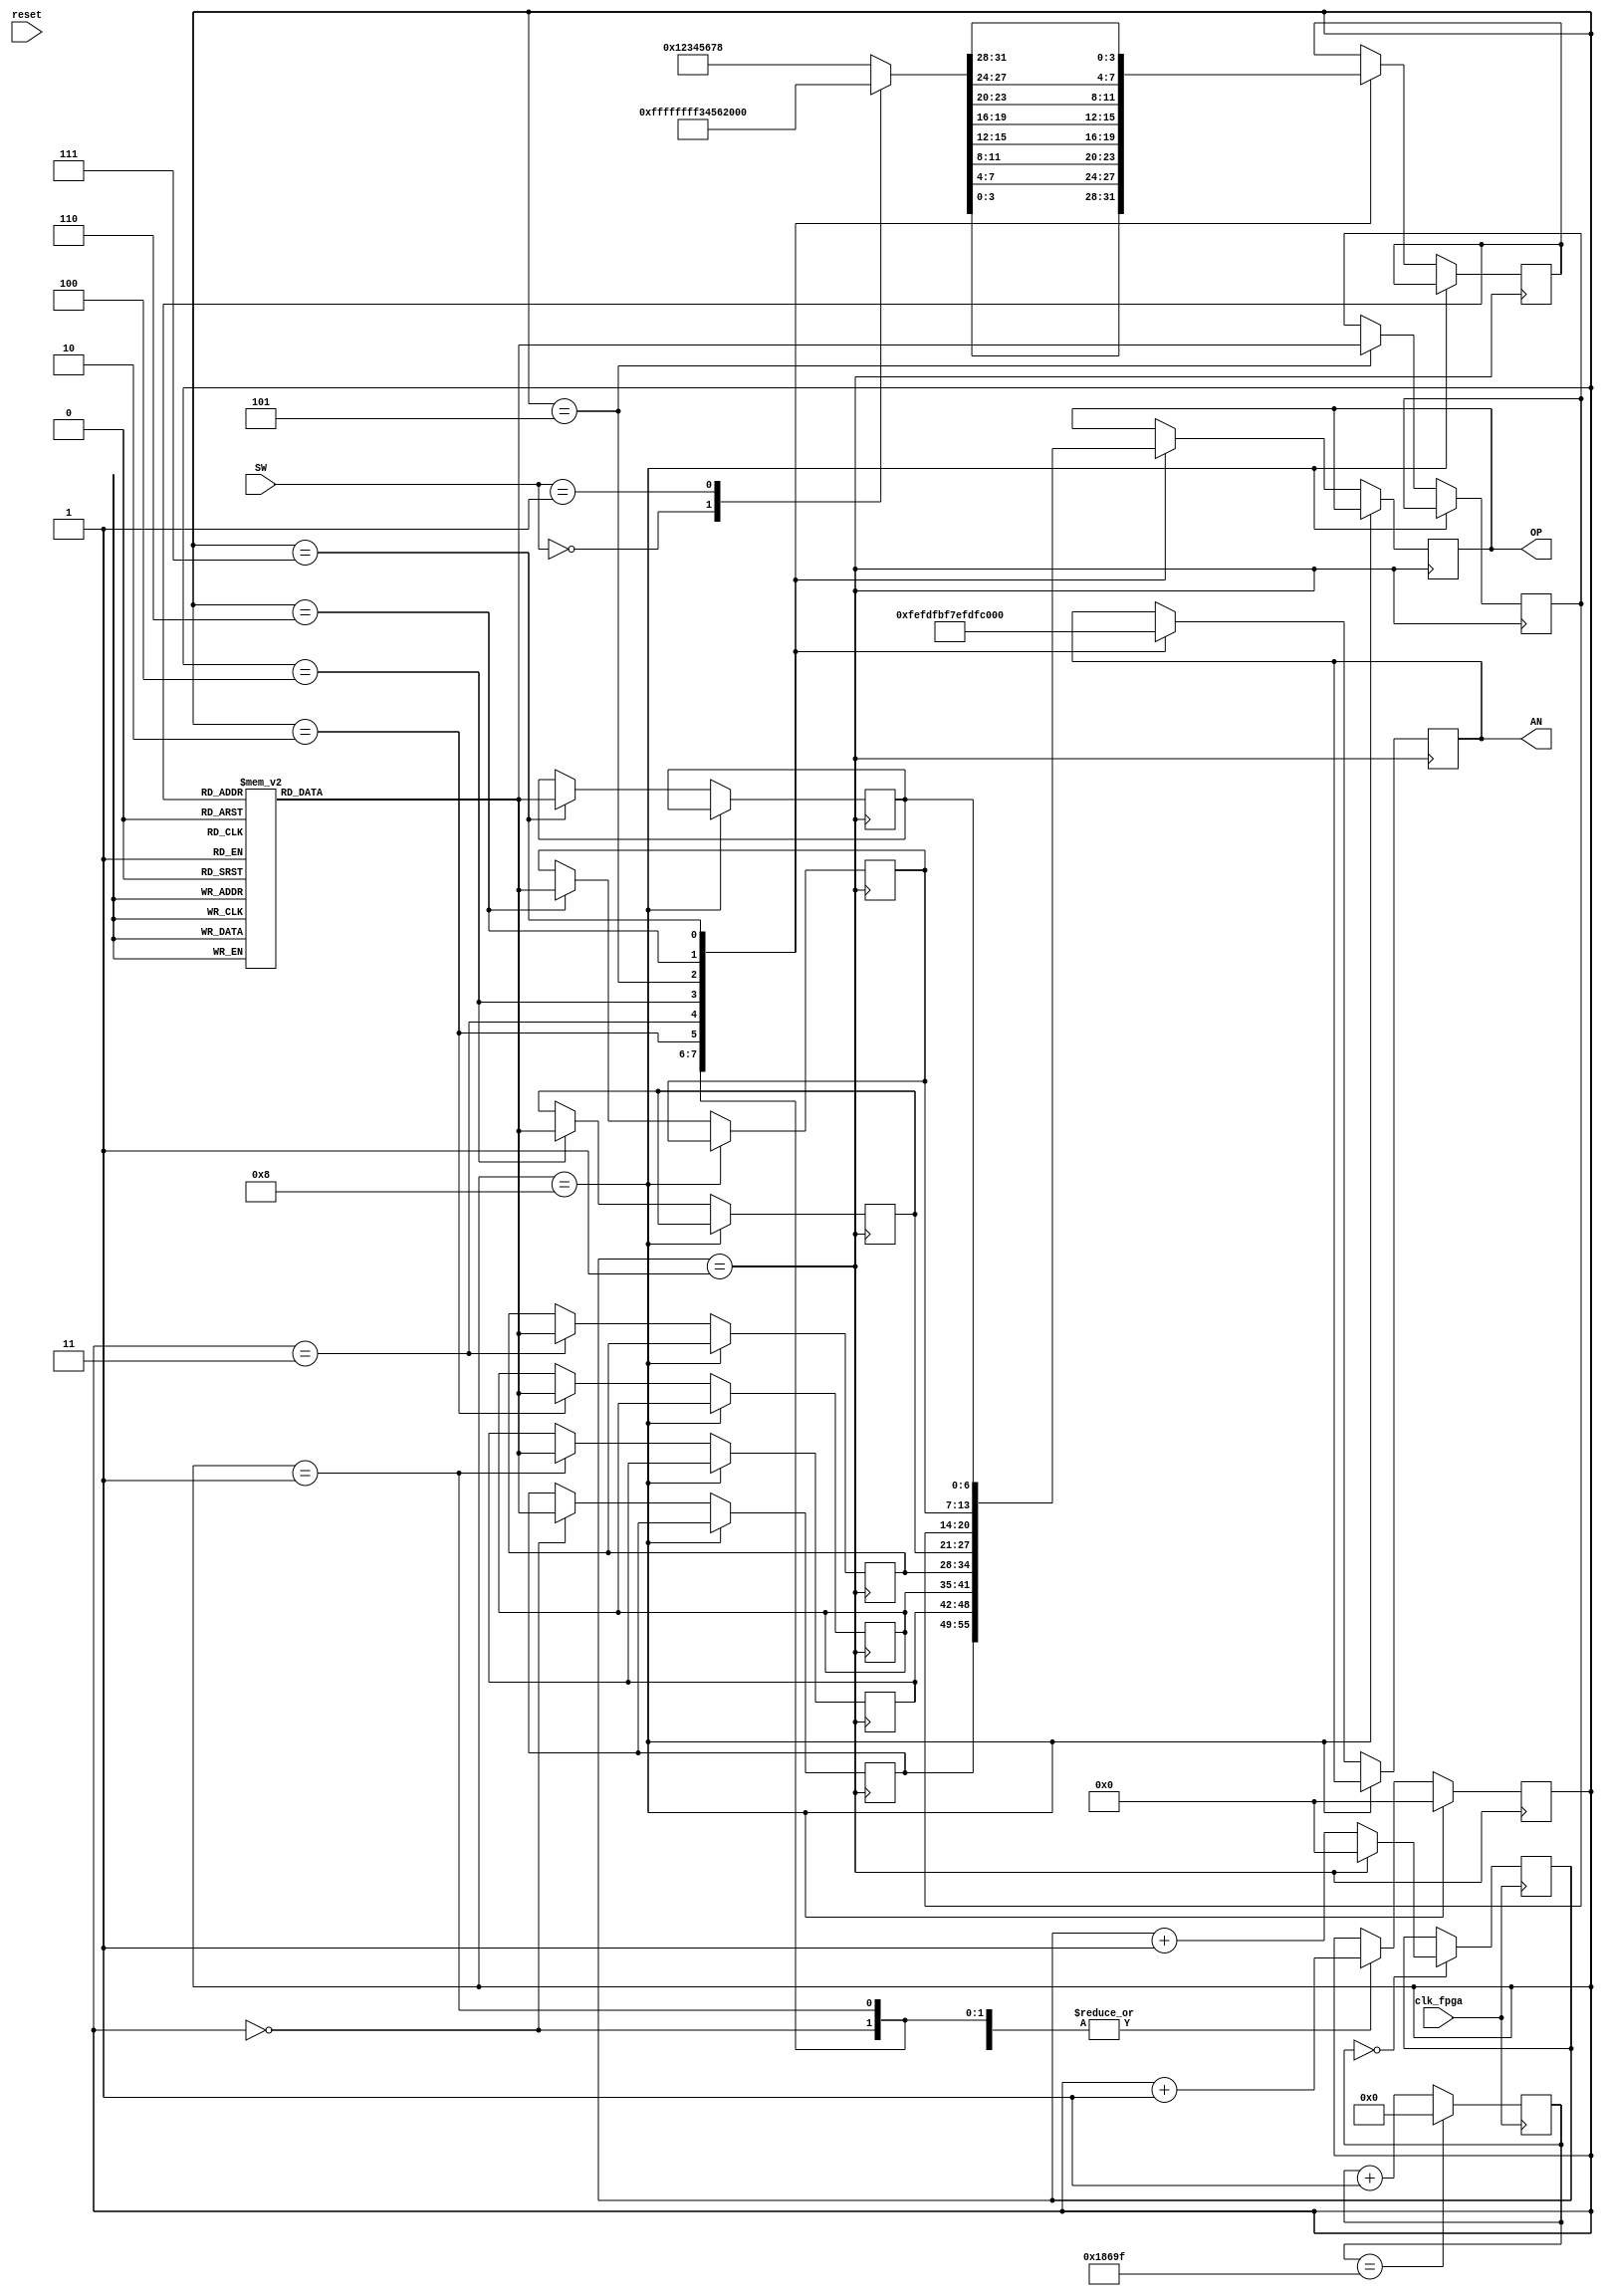
module segmentdriver(
     input           clk_fpga, // clock_input
     input           reset,    // reset
     output[6:0]     OP,       // seven segment output
     output[7:0]     AN,       // eight seven segment enable output
     input [1:0]     SW        // swithces for testing
        );

parameter OPND1 = 32'hffff_ffff;
parameter OPND2 = 32'h3456_211f;
parameter RSLT = 32'h12345678;
         
parameter MAX_COUNT = 99999;
wire counter_enable;
reg[16:0] counter_1k;
reg[3:0] counter;
reg[3:0] count;
wire clk_1k;
reg[3:0] num;
reg[7:0] seg;

reg[6:0] seg0;
reg[6:0] seg1;
reg[6:0] seg2;
reg[6:0] seg3;

reg[6:0] seg4;
reg[6:0] seg5;
reg[6:0] seg6;
reg[6:0] seg7;

reg[3:0] dtem0;

reg [31:0] disp;

reg[6:0] out;

reg[6:0] out_temp;

always @( posedge clk_fpga )
    if (counter_1k == MAX_COUNT)
       counter_1k <= 0;
    else
       counter_1k <= counter_1k + 1'b1;
       
  assign counter_enable = counter_1k == 0;
  
always @ ( posedge clk_fpga )
    if ( counter_enable )
    if ( counter == 1 )
       counter <= 0;
    else 
       counter <= counter + 1'b1;
       
  assign clk_1k = counter == 1;

always @(SW) begin
            case(SW)
                2'b00 : disp = OPND1;
                2'b01 : disp = OPND2;
                2'b10 : disp = RSLT;
                default : disp = RSLT;
             endcase
             end
 
always @ ( posedge clk_1k )
     if ( count == 8 )
       count <= 0;
     else 
       case ( count ) 
                   0 : begin
                        seg <= 8'b11111110;
                        dtem0 <= disp[3:0];
                        seg0 <= out_temp;
                        out <= seg0;
                        count <= count + 1;
                        end
                   1 : begin
                        seg <= 8'b11111101;
                        dtem0 <= disp[7:4];
                        seg1 <= out_temp;
                        out <= seg1;
                        count <= count + 1;
                        end
                   2 : begin
                        seg <= 8'b11111011;
                        dtem0 <= disp[11:8];
                        seg2 <= out_temp;
                        out <= seg2;
                        count <= count + 1;
                        end
                   3 : begin
                        seg <= 8'b11110111;
                        dtem0 <= disp[15:12];
                        seg3 <= out_temp;
                        out <= seg3;
                        count <= count + 1;
                        end
                   4 : begin
                        seg <= 8'b11101111;
                        dtem0 <= disp[19:16];
                        seg4 <= out_temp;
                        out <= seg4;
                        count <= count + 1;
                        end
                   5 : begin
                        seg <= 8'b11011111;
                        dtem0 <= disp[23:20];
                        seg5 <= out_temp;
                        out <= seg5;
                        count <= count + 1;
                        end
                   6 : begin
                        seg <= 8'b10111111;
                        dtem0 <= disp[27:24];
                        seg6 <= out_temp;
                        out <= seg6;
                        count <= count + 1;
                        end
                   7 : begin
                        seg <= 8'b01111111;
                        dtem0 <= disp[31:28];
                        seg7 <= out_temp;
                        out <= seg7;
                        count <= count + 1;
                        end                     
       endcase
 
 assign AN = seg;
 assign OP = out;

always @(dtem0) begin
                 case (dtem0)
                    4'b0000 : out_temp = 7'b100_0000;
                    4'b0001 : out_temp = 7'b111_1001;
                    4'b0010 : out_temp = 7'b010_0100;
                    4'b0011 : out_temp = 7'b011_0000;
                    4'b0100 : out_temp = 7'b001_1001;
                    4'b0101 : out_temp = 7'b001_0010;
                    4'b0110 : out_temp = 7'b000_0010;
                    4'b0111 : out_temp = 7'b111_1000;
                    4'b1000 : out_temp = 7'b000_0000;
                    4'b1001 : out_temp = 7'b001_1000;
                    4'b1010 : out_temp = 7'b000_1000;
                    4'b1011 : out_temp = 7'b000_0011;
                    4'b1100 : out_temp = 7'b100_0110;
                    4'b1101 : out_temp = 7'b010_0001;
                    4'b1110 : out_temp = 7'b000_0110;
                    4'b1111 : out_temp = 7'b000_1110;
                    default : out_temp = 7'b000_0000;
                 endcase
                 end

endmodule